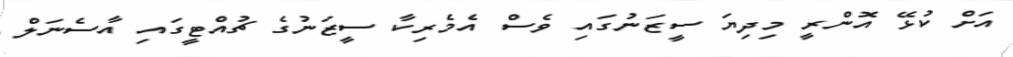
އަށް ކުޅޭ އޮންރީ މިދިޔަ ސީޒަނުގައި ވެސް އެމެރިކާ ސީޒަނުގެ ޗުއްޓީގައި އާސެނަލް